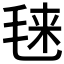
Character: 𰚙